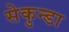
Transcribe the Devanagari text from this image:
सेकुन्डा